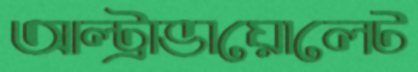
আল্ট্রাভায়োলেট